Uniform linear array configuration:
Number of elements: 32
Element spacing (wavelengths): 1
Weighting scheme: kaiser
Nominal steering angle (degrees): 0
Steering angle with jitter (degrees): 1.965
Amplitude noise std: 0.05
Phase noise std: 0.05

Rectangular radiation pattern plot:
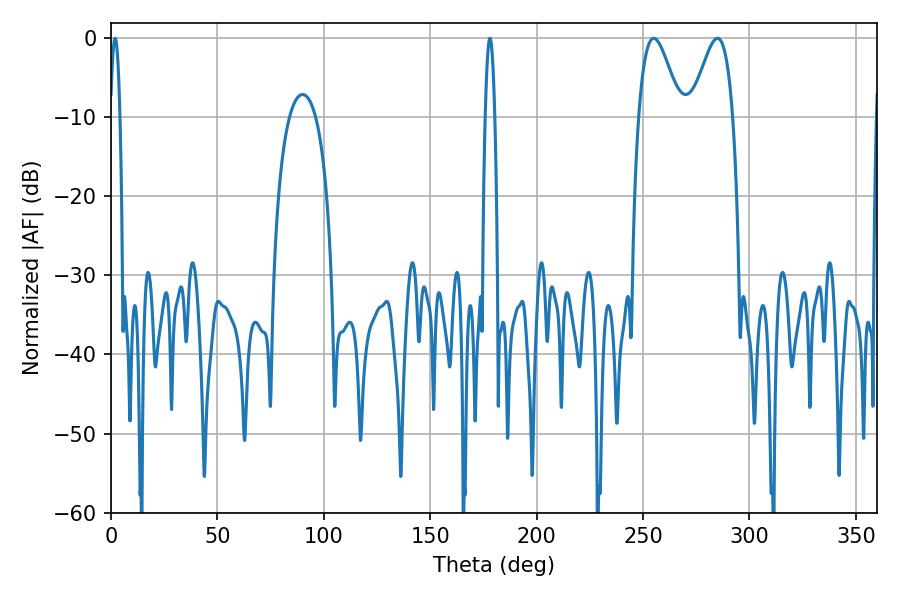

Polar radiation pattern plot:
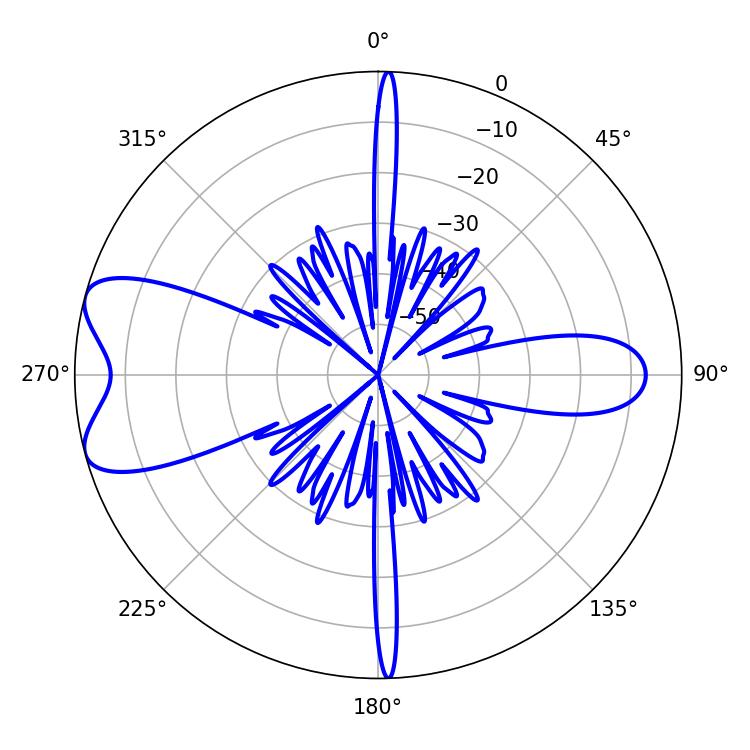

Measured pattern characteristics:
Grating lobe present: TRUE
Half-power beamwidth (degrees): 10.44
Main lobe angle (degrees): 284.94